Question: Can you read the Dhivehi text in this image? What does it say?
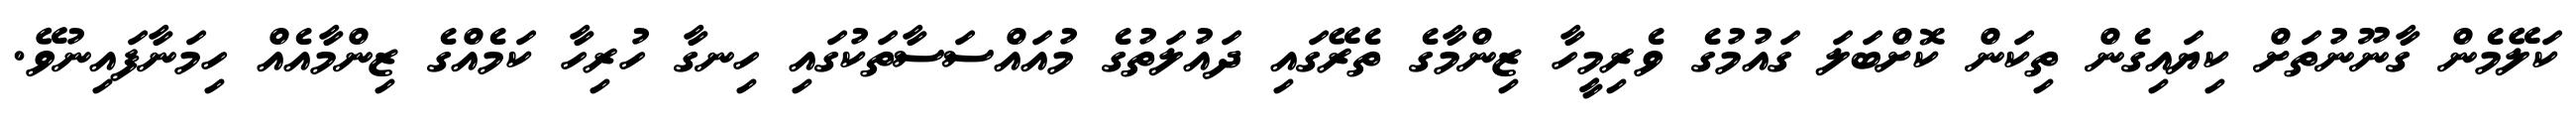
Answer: ކަލޭމެން ގާނޫނުތަށް ކިޔައިގެން ތިކަން ކޮށްބަލަ ގައުމުގެ ވެރިމީހާ ޒިންމާގެ ތެރޭގައި ދައުލަތުގެ މުއައްސަސާތަކުގައި ހިނގާ ހުރިހާ ކަމެއްގެ ޒިންމާއެއް ހިމަނާފައިނުވޭ.